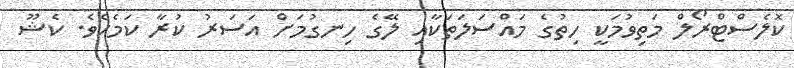
ކޮލެސްޓްރޯލް މަތިވުމަކީ ހިތުގެ މައްސަލަތަކާއި ލޭގެ ހިނގުމަށް އަސަރު ކުރާ ކަމެކެވެ. ކެޝޫ